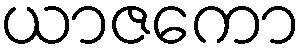
ယာဇကော